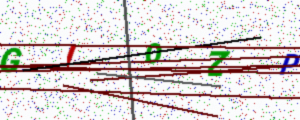
Text: GIOZP